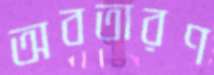
অবতারণ